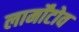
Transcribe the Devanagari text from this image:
लार्मोंटोव